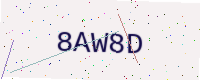
Text: 8AW8D